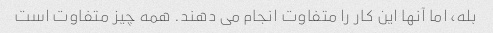
بله، اما آنها این کار را متفاوت انجام می دهند. همه چیز متفاوت است